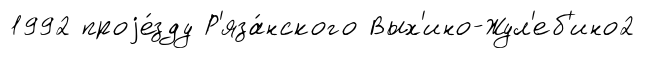
1992 проjе́зду Р'яза́нского Вых'ино-Жул'еб'ино2